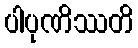
ပါပုဏိဿတိ